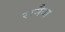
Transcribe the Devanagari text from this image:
रामैया